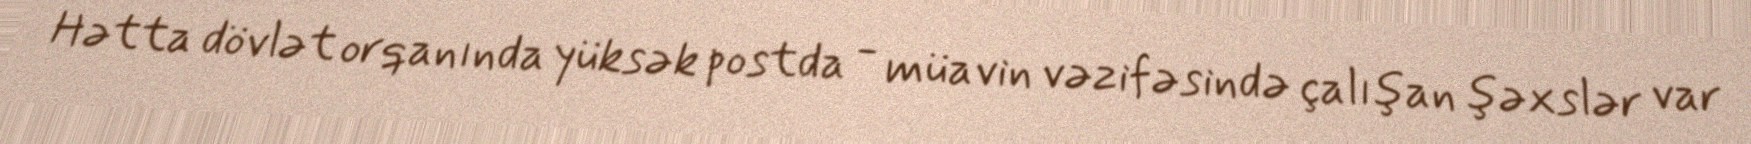
Hətta dövlət orqanında yüksək postda - müavin vəzifəsində çalışan şəxslər var